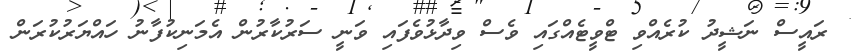
ރައީސް ނަޝީދު ކުރެއްވި ޓްވީޓެއްގައި ވެސް ވިދާޅުވެފައި ވަނީ ސަރުކާރުން އެމަނިކުފާނު ހައްޔަރުކުރަން